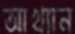
আখ্যান